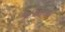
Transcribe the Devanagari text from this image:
१८००००